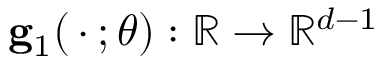
\mathbf { g } _ { 1 } ( \, \cdot \, ; \boldsymbol { \theta } ) : \mathbb { R } \to \mathbb { R } ^ { d - 1 }